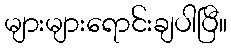
များများရောင်းချပါပြီ။